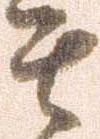
其